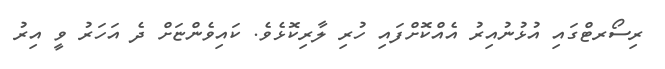
ރިސޯރޓްގައި އުޅުނުއިރު އެއްކޮށްފައި ހުރި ލާރިކޮޅެވެ. ކައިވެންޏަށް ދެ އަހަރު ވީ އިރު